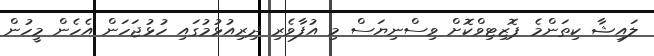
ލައިޝާ ކިތަންމެ ޕޮޒިޓިވްކޮށް ވިސްނިޔަސް މި އުފާވެރި ދިރިއުޅުމުގައި ހުޅުޖަހަން އެހެން މީހުން